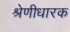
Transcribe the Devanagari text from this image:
श्रेणीधारक